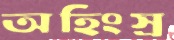
অহিংস্র